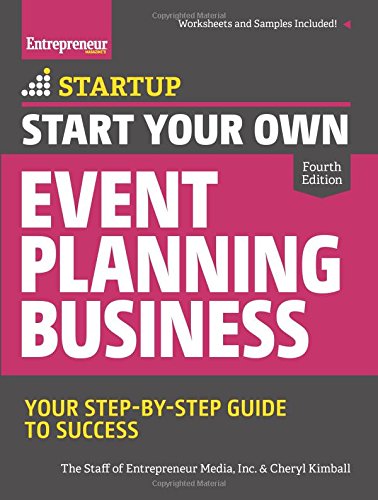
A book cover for Start Your Own Event Planning Business: Your Step-By-Step Guide to Success (StartUp Series); The Staff of Entrepreneur Media; Business & Money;